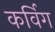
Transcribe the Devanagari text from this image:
कर्विग